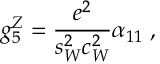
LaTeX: g _ { 5 } ^ { Z } = \frac { e ^ { 2 } } { s _ { W } ^ { 2 } c _ { W } ^ { 2 } } \alpha _ { 1 1 } \; ,